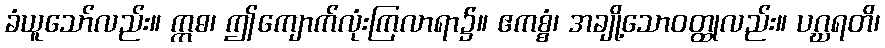
ခံယူသော်လည်း။ ဣဓ၊ ဤကျောက်လုံးကြလာရာ၌။ ဧကစ္စံ၊ အချို့သောဝတ္ထုလည်း။ ပဂ္ဃရတိ၊